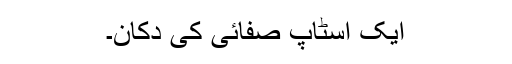
ایک اسٹاپ صفائی کی دکان۔